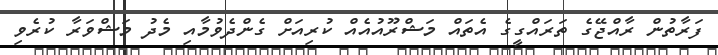
ފަރާތުން ރާއްޖޭގެ ތަރައްގީގެ އެތައް މަޝްރޫއުއެއް ކުރިއަށް ގެންދެވުމާއި މެދު މަޝްވަރާ ކުރެވި